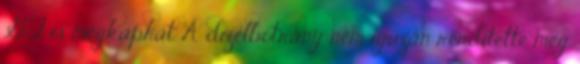
GT is megkaphat A dízelbotrány nem igazán rendítette meg